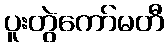
ပူးတွဲကော်မတီ